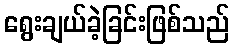
ရွေးချယ်ခဲ့ခြင်းဖြစ်သည်